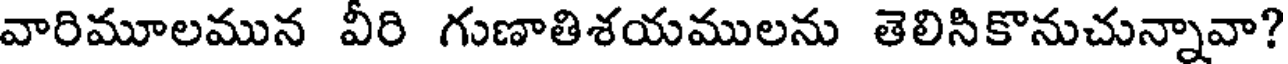
వారిమూలమున వీరి గుణాతిశయములను తెలిసికొనుచున్నావా?